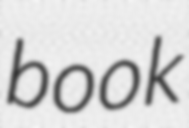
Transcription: book